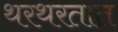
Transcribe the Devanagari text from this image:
थरथरतात